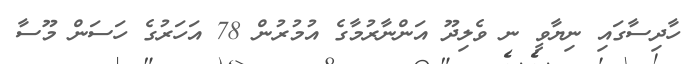
ހާދިސާގައި ނިޔާވީ ނ ވެލިދޫ އަންނާރުމާގެ އުމުރުން 78 އަހަރުގެ ހަސަން މޫސާ